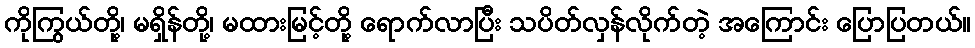
ကိုကြွယ်တို့၊ မရှိန်တို့၊ မထားမြင့်တို့ ရောက်လာပြီး သပိတ်လှန်လိုက်တဲ့ အကြောင်း ပြောပြတယ်။